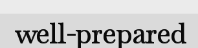
well-prepared